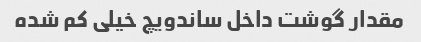
مقدار گوشت داخل ساندویچ خیلی کم شده